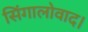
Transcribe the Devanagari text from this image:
सिंगालोवाद।